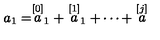
a _ { 1 } = \stackrel { [ 0 ] } { a } _ { 1 } + \stackrel { [ 1 ] } { a } _ { 1 } + \cdots + \stackrel { [ j ] } { a }